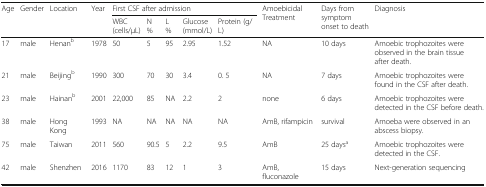
| <ROWSPAN=2> Age | <ROWSPAN=2> Gender | <ROWSPAN=2> Location | <ROWSPAN=2> Year | <COLSPAN=5> First CSF after admission | <ROWSPAN=2> Amoebicidal Treatment | <ROWSPAN=2> Days from symptom onset to death | <ROWSPAN=2> Diagnosis |
 | WBC (cells/μL) | N % | L % | Glucose (mmol/L) | Protein (g/L) |
 | --- | --- | --- | --- | --- | --- | --- | --- | --- | --- | --- | --- |
 | 17 | male | Henanb | 1978 | 50 | 5 | 95 | 2.95 | 1.52 | NA | 10 days | Amoebic trophozoites were observed in the brain tissue after death. |
 | 21 | male | Beijingb | 1990 | 300 | 70 | 30 | 3.4 | 0. 5 | NA | 7 days | Amoebic trophozoites were found in the CSF after death. |
 | 23 | male | Hainanb | 2001 | 22,000 | 85 | NA | 2.2 | 2 | none | 6 days | Amoebic trophozoites were detected in the CSF before death. |
 | 38 | male | Hong Kong | 1993 | NA | NA | NA | NA | NA | AmB, rifampicin | survival | Amoeba were observed in an abscess biopsy. |
 | 75 | male | Taiwan | 2011 | 560 | 90.5 | 5 | 2.2 | 9.5 | AmB | 25 daysa | Amoebic trophozoites were detected in the CSF. |
 | 42 | male | Shenzhen | 2016 | 1170 | 83 | 12 | 1 | 3 | AmB, fluconazole | 15 days | Next-generation sequencing |